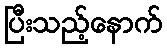
ပြီးသည့်နောက်